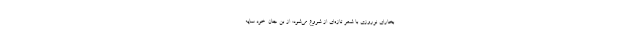
بخارای نوروزی با شعر تازه‌ای از شروع می‌شود: از بُن جان. خود سایه